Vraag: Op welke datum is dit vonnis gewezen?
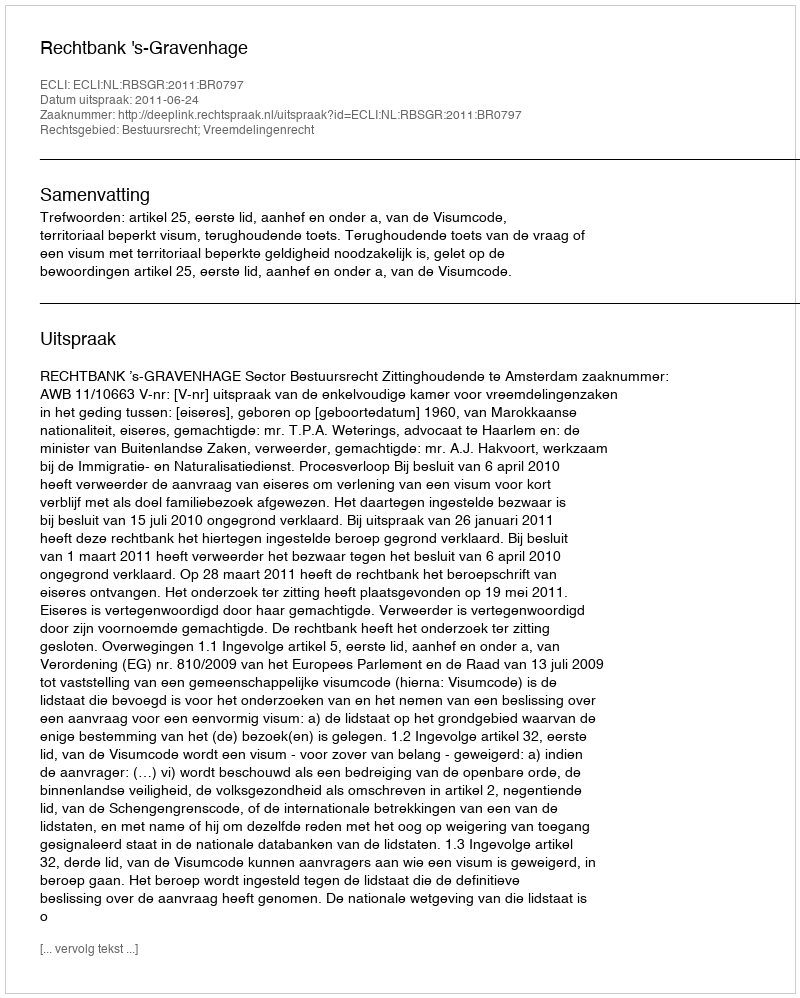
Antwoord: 2011-06-24